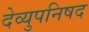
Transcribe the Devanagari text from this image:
देव्युपनिषद